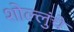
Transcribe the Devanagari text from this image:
शोल्लुंचे